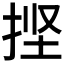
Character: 𰓱